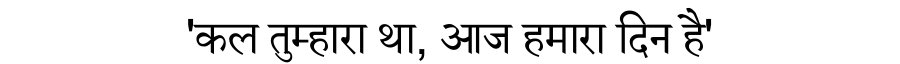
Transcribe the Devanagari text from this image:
'कल तुम्हारा था, आज हमारा दिन है'